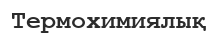
Термохимиялық